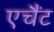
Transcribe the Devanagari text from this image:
एचैंट